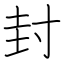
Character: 封